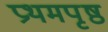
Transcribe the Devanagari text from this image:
प्रथमपृष्ठ